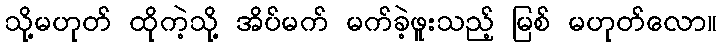
သို့မဟုတ် ထိုကဲ့သို့ အိပ်မက် မက်ခဲ့ဖူးသည့် မြစ် မဟုတ်လော။